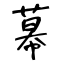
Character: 幕